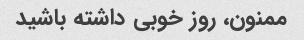
ممنون، روز خوبی داشته باشید